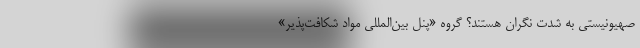
صهیونیستی به شدت نگران هستند؟ گروه «پنل بین‌المللی مواد شکافت‌پذیر»